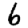
Digit: 6